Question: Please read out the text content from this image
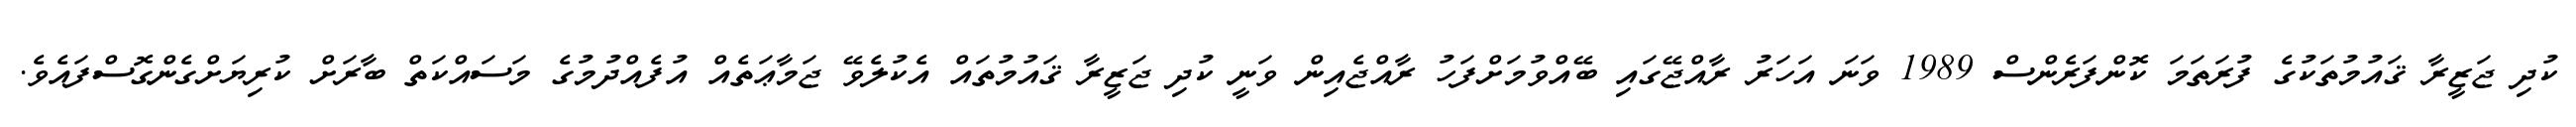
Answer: ކުދި ޖަޒީރާ ޤައުމުތަކުގެ ފުރަތަމަ ކޮންފަރެންސް 1989 ވަނަ އަހަރު ރާއްޖޭގައި ބޭއްވުމަށްފަހު ރާއްޖެއިން ވަނީ ކުދި ޖަޒީރާ ޤައުމުތައް އެކުލެވޭ ޖަމާޢަތެއް އުފެއްދުމުގެ މަސައްކަތް ބާރަށް ކުރިޔަށްގެންގޮސްފައެވެ.